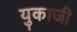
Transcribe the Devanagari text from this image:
युकाजी